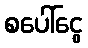
စပေါ်ငွေ